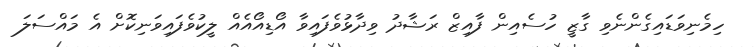
ހިމެނިވަޑައިގެންނެވި ގާޒީ ހުސެއިން ފާއިޒް ރަޝާދު ވިދާޅުވެފައިވާ އޯޑިއޯއެއް ލީކުވެފައިވަނިކޮށް އެ މައްސަލަ